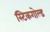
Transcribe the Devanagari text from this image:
स्टिकगोल्ड